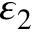
\varepsilon _ { 2 }